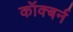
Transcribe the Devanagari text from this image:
कॉक्बर्न